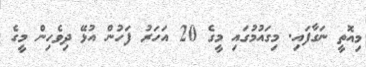
މިއޮތީ ނަގާފައި. މިގައުމުގައި މީގެ 20 އަހަރު ފަހުން އުޅޭ ދިވެހިން މީގެ